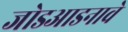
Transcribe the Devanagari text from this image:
जोडआडनावे